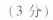
(3分)